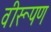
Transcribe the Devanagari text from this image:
वीरूपण